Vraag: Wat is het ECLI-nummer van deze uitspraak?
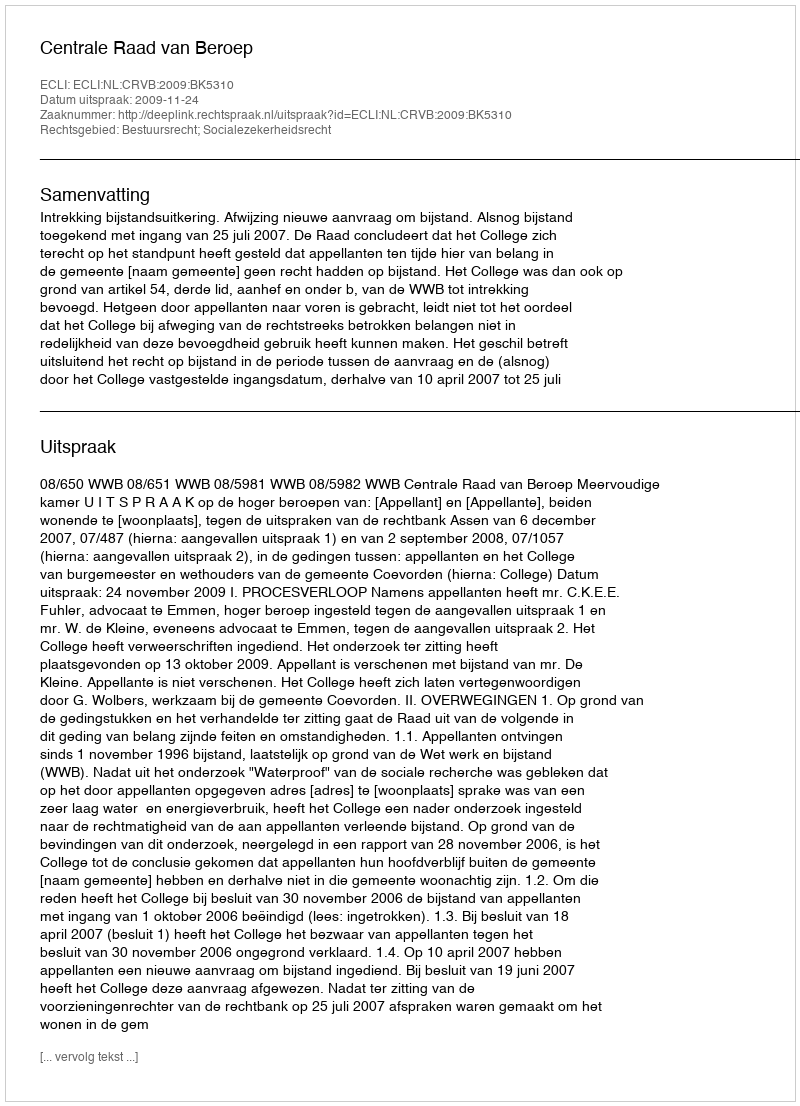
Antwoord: ECLI:NL:CRVB:2009:BK5310